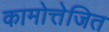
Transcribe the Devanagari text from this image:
कामोत्तेजित